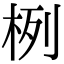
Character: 栵